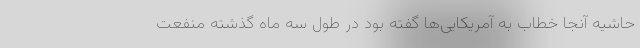
حاشیه آنجا خطاب به آمریکایی‌ها گفته بود در طول سه ماه گذشته منفعت